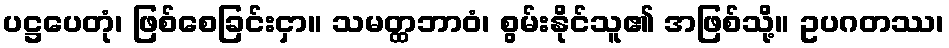
ပဋ္ဌပေတုံ၊ ဖြစ်စေခြင်းငှာ။ သမတ္ထဘာဝံ၊ စွမ်းနိုင်သူ၏ အဖြစ်သို့။ ဥပဂတဿ၊